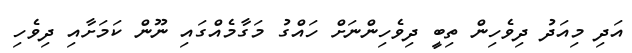
އަދި މިއަދު ދިވެހިން ތިބީ ދިވެހިންނަށް ހައްގު މަގާމެއްގައި ނޫން ކަމަށާއި ދިވެހި